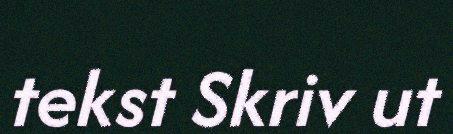
tekst Skriv ut